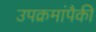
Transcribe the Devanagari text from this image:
उपक्रमांपैकी